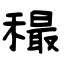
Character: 穝